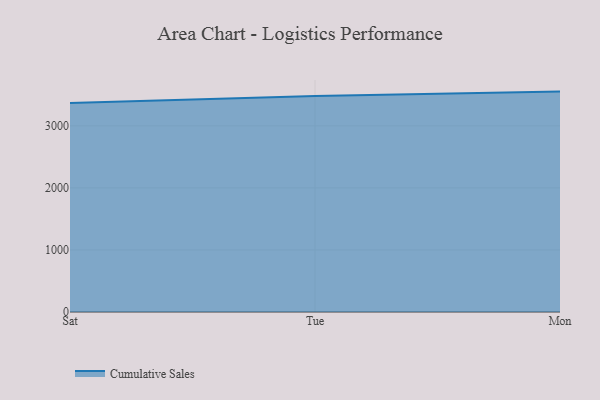
{"axis": {"x": "Day", "y": "LTV (USD)"}, "legend": ["Cumulative Sales"], "data": [{"x": "Sat", "y": 3369.0, "type": "Cumulative Sales"}, {"x": "Tue", "y": 3482.9, "type": "Cumulative Sales"}, {"x": "Mon", "y": 3552.0, "type": "Cumulative Sales"}]}